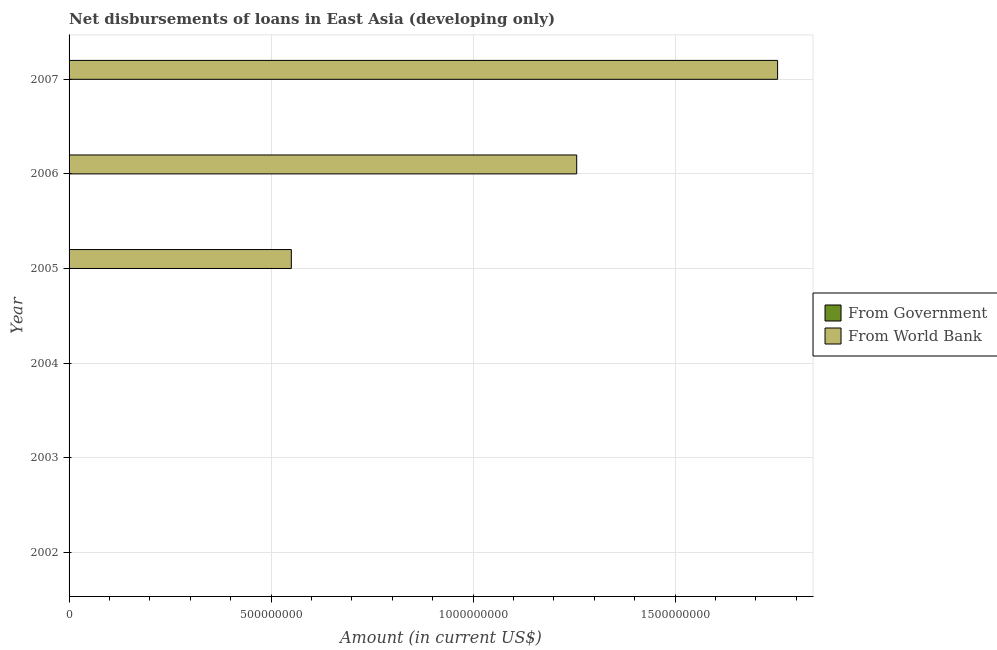
| Year | From Government | From World Bank |
 | --- | --- | --- |
 | 2002 | -2.59e+09 | -2.41e+09 |
 | 2003 | -4.02e+09 | -2.53e+09 |
 | 2004 | -1.69e+09 | -1.73e+09 |
 | 2005 | -2.19e+09 | 5.5e+08 |
 | 2006 | -2.11e+09 | 1.26e+09 |
 | 2007 | -4.87e+09 | 1.75e+09 |